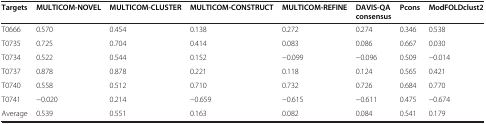
<table><thead><tr><td><b>Targets</b></td><td><b>MULTICOM-NOVEL</b></td><td><b>MULTICOM-CLUSTER</b></td><td><b>MULTICOM-CONSTRUCT</b></td><td><b>MULTICOM-REFINE</b></td><td><b>DAVIS-QA consensus</b></td><td><b>Pcons</b></td><td><b>ModFOLDclust2</b></td></tr></thead><tbody><tr><td>T0666</td><td>0.570</td><td>0.454</td><td>0.138</td><td>0.272</td><td>0.274</td><td>0.346</td><td>0.538</td></tr><tr><td>T0735</td><td>0.725</td><td>0.704</td><td>0.414</td><td>0.083</td><td>0.086</td><td>0.667</td><td>0.030</td></tr><tr><td>T0734</td><td>0.522</td><td>0.544</td><td>0.152</td><td>-0.099</td><td>-0.096</td><td>0.509</td><td>-0.014</td></tr><tr><td>T0737</td><td>0.878</td><td>0.878</td><td>0.221</td><td>0.118</td><td>0.124</td><td>0.565</td><td>0.421</td></tr><tr><td>T0740</td><td>0.558</td><td>0.512</td><td>0.710</td><td>0.732</td><td>0.726</td><td>0.684</td><td>0.770</td></tr><tr><td>T0741</td><td>-0.020</td><td>0.214</td><td>-0.659</td><td>-0.615</td><td>-0.611</td><td>0.475</td><td>-0.674</td></tr><tr><td>Average</td><td>0.539</td><td>0.551</td><td>0.163</td><td>0.082</td><td>0.084</td><td>0.541</td><td>0.179</td></tr></tbody></table>